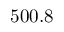
5 0 0 . 8